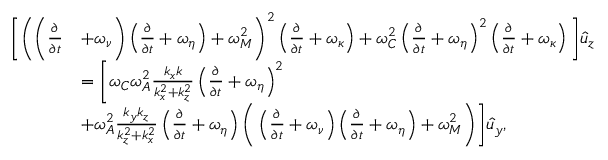
\begin{array} { r l } { \bigg [ \bigg ( \bigg ( \frac { \partial } { \partial { t } } } & { + \omega _ { \nu } \bigg ) \left( \frac { \partial } { \partial { t } } + \omega _ { \eta } \right) + \omega _ { M } ^ { 2 } \bigg ) ^ { 2 } \left( \frac { \partial } { \partial { t } } + \omega _ { \kappa } \right) + \omega _ { C } ^ { 2 } \left( \frac { \partial } { \partial { t } } + \omega _ { \eta } \right) ^ { 2 } \left( \frac { \partial } { \partial { t } } + \omega _ { \kappa } \right) \bigg ] \hat { u } _ { z } } \\ & { = \bigg [ \omega _ { C } \omega _ { A } ^ { 2 } \frac { k _ { x } k } { k _ { x } ^ { 2 } + k _ { z } ^ { 2 } } \left( \frac { \partial } { \partial { t } } + \omega _ { \eta } \right) ^ { 2 } } \\ & { + \omega _ { A } ^ { 2 } \frac { k _ { y } k _ { z } } { k _ { z } ^ { 2 } + k _ { x } ^ { 2 } } \left( \frac { \partial } { \partial { t } } + \omega _ { \eta } \right) \bigg ( \left( \frac { \partial } { \partial { t } } + \omega _ { \nu } \right) \left( \frac { \partial } { \partial { t } } + \omega _ { \eta } \right) + \omega _ { M } ^ { 2 } \bigg ) \bigg ] \hat { u } _ { y } , } \end{array}